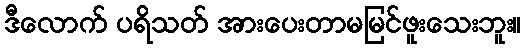
ဒီလောက် ပရိသတ် အားပေးတာမမြင်ဖူးသေးဘူး။